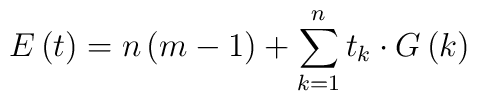
E\left( t\right) =n\left( m-1\right)+\sum\limits_{k=1}^nt_k\cdot G\left( k\right)